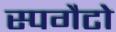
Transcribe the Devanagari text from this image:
स्पगैटो